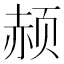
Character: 𲊼